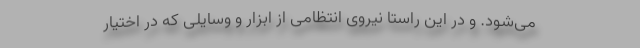
می‌شود. و در این راستا نیروی انتظامی از ابزار و وسایلی که در اختیار